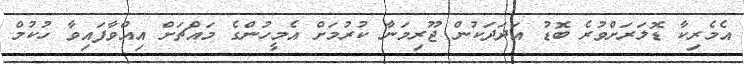
އެމެރިކާ ޑޮލަރަށްވުރެ ބޮޑު އަދަދަކުން ޖޫރިމަނާ ކުރުމަށް އެމީހުންގެ މައްޗަށް އިއްވާފައިވާ ހުކުމް